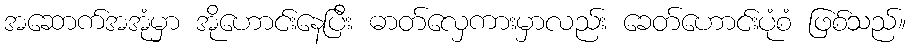
အဆောက်အအုံမှာ အိုဟောင်းနေပြီး ဓာတ်လှေကားမှာလည်း ခေတ်ဟောင်းပုံစံ ဖြစ်သည်။